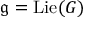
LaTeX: { \mathfrak { g } } = \operatorname { L i e } ( G )